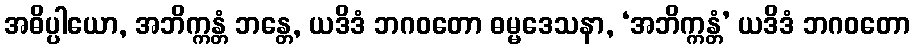
အဓိပ္ပါယော, အဘိက္ကန္တံ ဘန္တေ, ယဒိဒံ ဘဂဝတော ဓမ္မဒေသနာ, ‘အဘိက္ကန္တံ’ ယဒိဒံ ဘဂဝတော